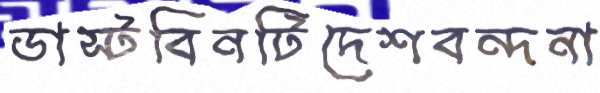
ডাস্টবিনটিদেশবন্দনা